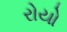
રોયો